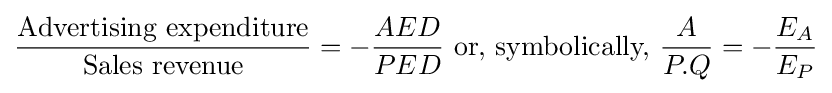
{\frac {\mbox{Advertising expenditure}}{\mbox{Sales revenue}}}=-{\frac {AED}{PED}}{\mbox{ or, symbolically, }}{\frac {A}{P.Q}}=-{\frac {E_{A}}{E_{P}}}